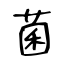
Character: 菌